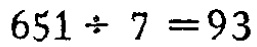
\(651\div 7 = 93\)